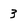
Character: 3